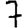
Digit: 7